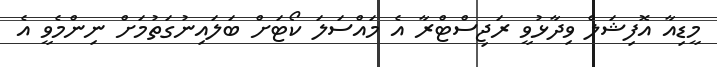
މީޑިއާ އޮފިޝަލް ވިދާޅުވީ ރަޖިސްޓްރާ އެ މައްސަލަ ކޯޓަށް ބަލައިނުގަތުމަށް ނިންމެވީ އެ